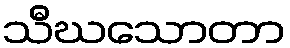
သီဃသောတာ